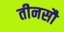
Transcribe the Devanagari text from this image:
तीनसौ